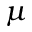
\mu